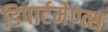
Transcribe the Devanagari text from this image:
डिपार्टमेण्त्स